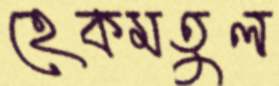
হেকমতুল